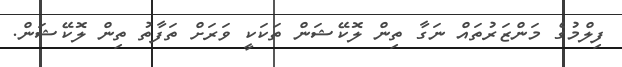
ފިލްމުގެ މަންޒަރުތައް ނަގާ ތިން ލޮކޭޝަން ތަކަކީ ވަރަށް ތަފާތު ތިން ލޮކޭޝަން.